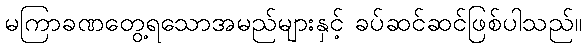
မကြာခဏတွေ့ရသောအမည်များနှင့် ခပ်ဆင်ဆင်ဖြစ်ပါသည်။